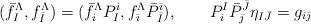
LaTeX: \begin{align*}(\bar f^\Lambda_I, f^\Lambda_{\bar I}) = (\bar f^\Lambda_iP^i_I, f^\Lambda_{\bar \imath}\bar P^{\bar \imath}_{\bar I} ),\quad \quad P^I_{i} \bar P^{\bar J}_{\bar\jmath}\eta_{I\bar J} = g_{i\bar\jmath}\end{align*}